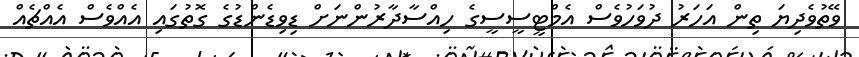
ވޭތުވެދިޔަ ތިން އަހަރު ދުވަހުވެސް އެމްޓީސީސީގެ ހިއްސާދާރުންނަށް ޑިވިޑެންޑުގެ ގޮތުގައި އެއްވެސް އެއްޗެއް